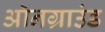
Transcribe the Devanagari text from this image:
ऑनग्राउंड